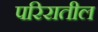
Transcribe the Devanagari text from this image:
परिरातील